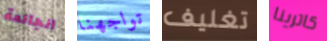
الجائعة تواجهنا تغليف كاترينا